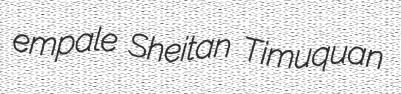
empale Sheitan Timuquan